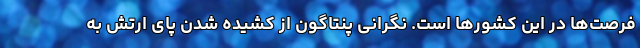
فرصت‌ها در این کشو‌رها است. نگرانی پنتاگون از کشیده شدن پای ارتش به